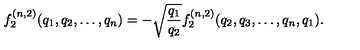
f _ { 2 } ^ { ( n , 2 ) } ( q _ { 1 } , q _ { 2 } , \dots , q _ { n } ) = - \sqrt { \frac { q _ { 1 } } { q _ { 2 } } } f _ { 2 } ^ { ( n , 2 ) } ( q _ { 2 } , q _ { 3 } , \dots , q _ { n } , q _ { 1 } ) .